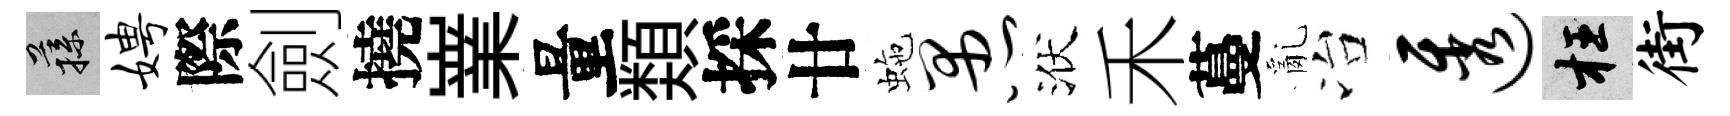
蓀娉際劍撓嶪量𩔖採廿虵愚洑禾蔓亂冶透枉街